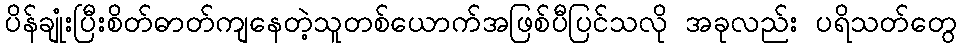
ပိန်ချုံးပြီးစိတ်ဓာတ်ကျနေတဲ့သူတစ်ယောက်အဖြစ်ပီပြင်သလို အခုလည်း ပရိသတ်တွေ